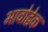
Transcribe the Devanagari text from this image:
भावोद्वेक